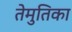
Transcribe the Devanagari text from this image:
तेमुतिका